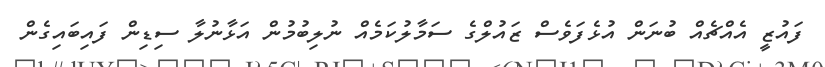
ފައުޒީ އެއްޗެއް ބުނަން އުޅެފަވެސް ޒައުލްގެ ސަމާލުކަމެއް ނުލިބުމުން އަޅާނުލާ ސިޑިން ފައިބައިގެން